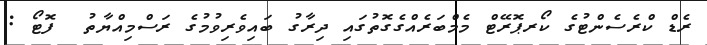
ރެޑް ކްރެސެންޓުގެ ކޯރޕޮރޭޓް މެމްބަރެއްގެގޮތުގައި ދިރާގު ބައިވެރިވުމުގެ ރަސްމިއްޔާތު  ފޮޓޯ :